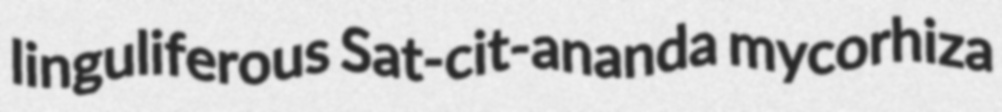
linguliferous Sat-cit-ananda mycorhiza